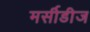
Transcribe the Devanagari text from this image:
मर्सीडीज